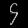
Digit: ၄